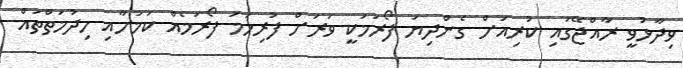
ވިދާޅުވީ ރާއްޖޭގައި ކުރިއަށް ގެންދިޔަ ފޯރަމަކީ ވަރަށް ފުރިހަމަ ފޯރަމެއް ކަމަށާއި ހިދުމަތްތައް